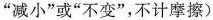
“减小”或“不变”，不计摩擦)